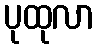
ပုထုလာ